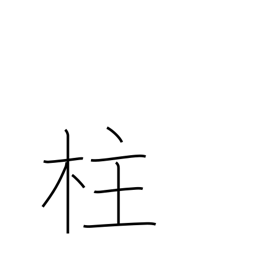
Meaning: post